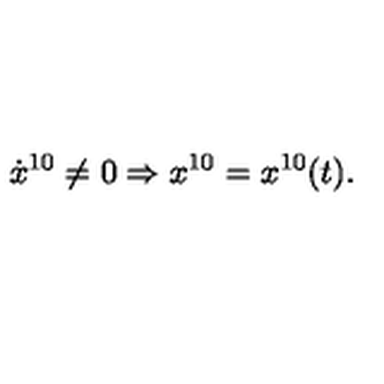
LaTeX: \dot { x } ^ { 1 0 } \neq 0 \Rightarrow x ^ { 1 0 } = x ^ { 1 0 } ( t ) .